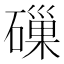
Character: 𥕘